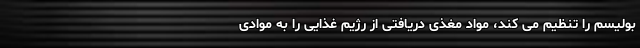
بولیسم را تنظیم می کند، مواد مغذی دریافتی از رژیم غذایی را به موادی